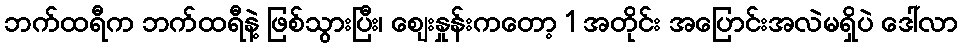
ဘက်ထရီက ဘက်ထရီနဲ့ ဖြစ်သွားပြီး၊ စျေးနှုန်းကတော့ 1 အတိုင်း အပြောင်းအလဲမရှိပဲ ဒေါ်လာ